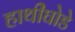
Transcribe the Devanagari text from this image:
हाथीघोडे